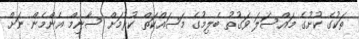
ތަކުގެ ކުށުގެ މައްސަލަ ވަގުތު ބެލިމުގެ މަސައްކަތް ކުރުމަށް ސާނިމް އެންމެން ނަށް